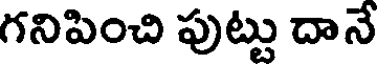
గనిపించి పుట్టు దానే